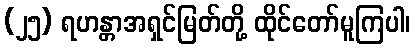
(၂၅) ရဟန္တာအရှင်မြတ်တို့ ထိုင်တော်မူကြပါ၊